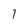
Character: 1